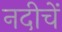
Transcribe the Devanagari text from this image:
नदीचें